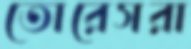
তোরেসরা